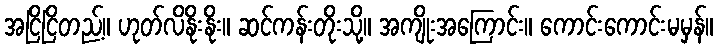
အငြိငြိတည့်။ ဟုတ်လိနိုးနိုး။ ဆင်ကန်းတိုးသို့။ အကျိုးအကြောင်း။ ကောင်းကောင်းမမှန်။